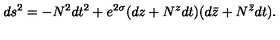
d s ^ { 2 } = - N ^ { 2 } d t ^ { 2 } + e ^ { 2 \sigma } ( d z + N ^ { z } d t ) ( d \bar { z } + N ^ { \bar { z } } d t ) .